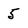
Character: 5